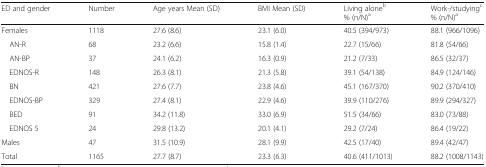
| ED and gender | Number | Age years Mean (SD) | BMI Mean (SD) | Living aloneb% (n/N)a | Work-/studyingc% (n/N)a |
 | --- | --- | --- | --- | --- | --- |
 | Females | 1118 | 27.6 (8.6) | 23.1 (6.0) | 40.5 (394/973) | 88.1 (966/1096) |
 | AN-R | 68 | 23.2 (6.6) | 15.8 (1.4) | 22.7 (15/66) | 81.8 (54/66) |
 | AN-BP | 37 | 24.1 (6.2) | 16.3 (0.9) | 21.2 (7/33) | 86.5 (32/37) |
 | EDNOS-R | 148 | 26.3 (8.1) | 21.3 (5.8) | 39.1 (54/138) | 84.9 (124/146) |
 | BN | 421 | 27.6 (7.7) | 23.8 (4.6) | 45.1 (167/370) | 90.2 (370/410) |
 | EDNOS-BP | 329 | 27.4 (8.1) | 22.9 (4.6) | 39.9 (110/276) | 89.9 (294/327) |
 | BED | 91 | 34.2 (11.8) | 33.0 (6.9) | 51.5 (34/66) | 83.0 (73/88) |
 | EDNOS 5 | 24 | 29.8 (13.2) | 20.1 (4.1) | 29.2 (7/24) | 86.4 (19/22) |
 | Males | 47 | 31.5 (10.9) | 28.1 (9.9) | 42.5 (17/40) | 89.4 (42/47) |
 | Total | 1165 | 27.7 (8.7) | 23.3 (6.3) | 40.6 (411/1013) | 88.2 (1008/1143) |